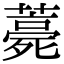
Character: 薧